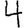
Digit: 4